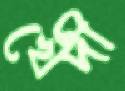
খেঁদী